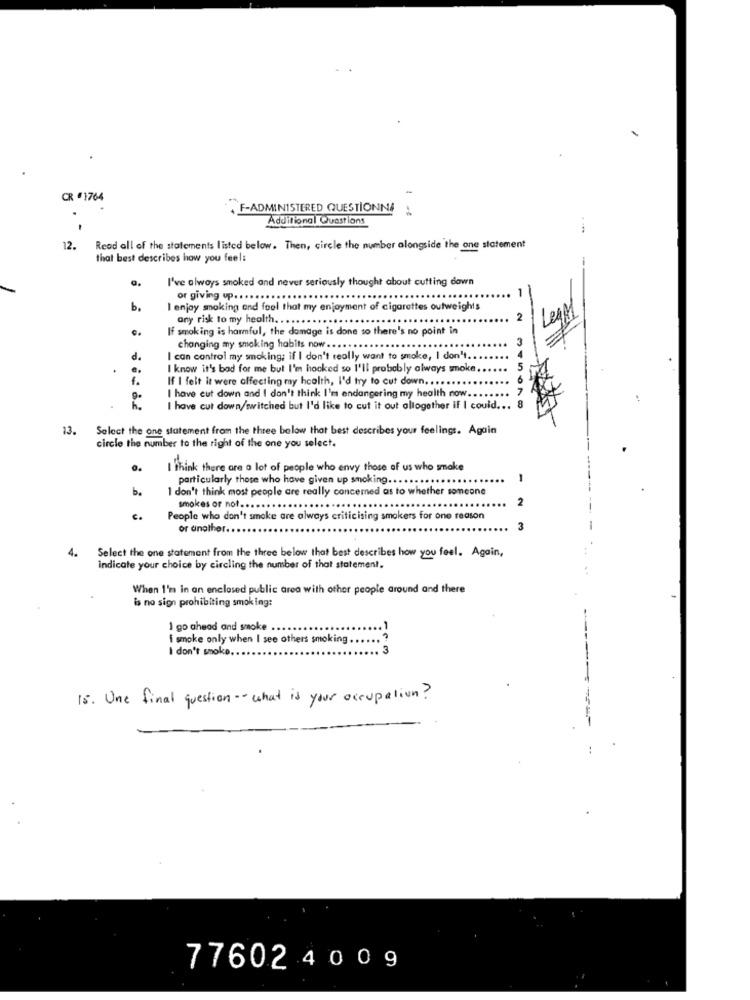
CR €1764
F-ADMINISTERED QUESTIONNA
-5
Additional Questions
12.
Read all of the statements listed below. Then, circle the number alongside the one statement
that best describes how you feel:
I've always smoked and never seriously thought about cutting down
or giving up .. ......
-
-
b.
I enjoy smoking and fool that my enjoyment of cigarettes outweights
any risk to my health. ..
If smoking is harmful, the damage is done so there's no point in
Legal
changing my smoking habits now ...
d.
I can control my smoking; if I don't really want to smoke, I don't.
I know it's bad for me but I'm hooked so I'll probably always smoke
If I felt it were affecting my health, I'd try to cut down. . ...
I have cut down and I don't think I'm endangering my health now.
I have cut down/wwitched but I'd like to cut it out altogether if I could ..
. STRONG
13.
Select the one statement from the three below that best describes your feelings. Again
circle the number to the right of the one you select.
..
I think there are a lot of people who envy those of us who smake
particularly those who have given up smoking ... .
......
b.
1 don't think most people are really concerned as to whether someone
smokes or not ...... . .. .....
2
People who don't smoke are always criticising smokers for one reason
or another ..
4.
Select the one statement from the three below that best describes how you feel. Again,
indicate your choice by circling the number of that statement.
When I'm in an enclosed public area with other people around and there
is no sign prohibiting smoking:
1 go ahead and smoke ...
i smoke only when I see others smoking ....
I don't smoke.
3
18. One final question -- what is your occupation?
77602 4 0 0 9